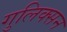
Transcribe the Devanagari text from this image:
गुलिक्सन